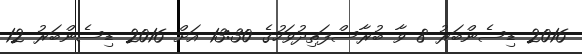
2016 ޑިސެންބަރު 8 ވާ ބުރާސްފަތިދުވަހުގެ 13:30 އަށް 2016 ޑިސެންބަރު 12